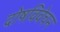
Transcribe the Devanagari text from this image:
दोषविवेचन